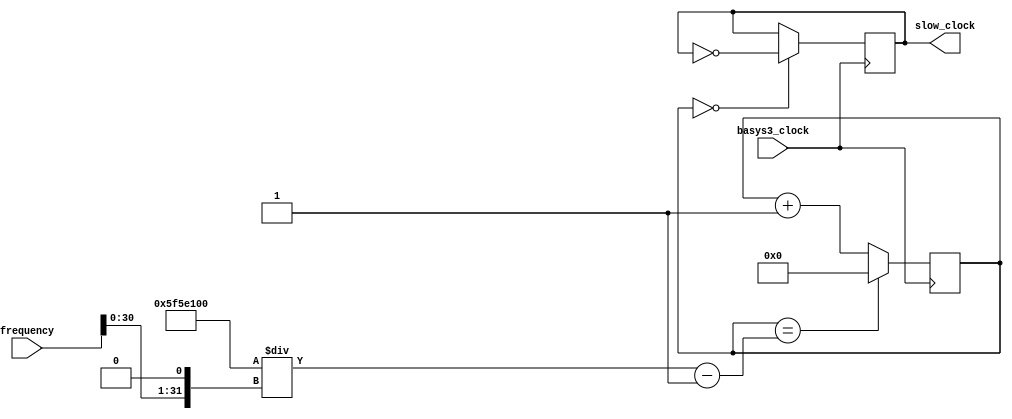
`timescale 1ns / 1ps
//////////////////////////////////////////////////////////////////////////////////
// Company: 
// Engineer: 
// 
// Design Name: 
// Module Name: clock_divider
// Project Name: 
// Target Devices: 
// Tool Versions: 
// Description: 
// 
// Dependencies: 
// 
// Revision:
// Revision 0.01 - File Created
// Additional Comments:
// 
//////////////////////////////////////////////////////////////////////////////////


module clock_divider(
    input basys3_clock,
    input [31:0] frequency,
    output reg slow_clock = 0
    );
    
    reg [31:0] count = 0;
    wire [31:0] divisor;
    
    assign divisor = (100_000_000 / (frequency << 1)) - 1;
    
    always @ (posedge basys3_clock) begin
        count <= (count == divisor) ? 0 : count + 1;
        slow_clock <= (count == 0) ? ~slow_clock : slow_clock;
    end
endmodule